Tartu_pedagoogiumi_aruanded, lk 24
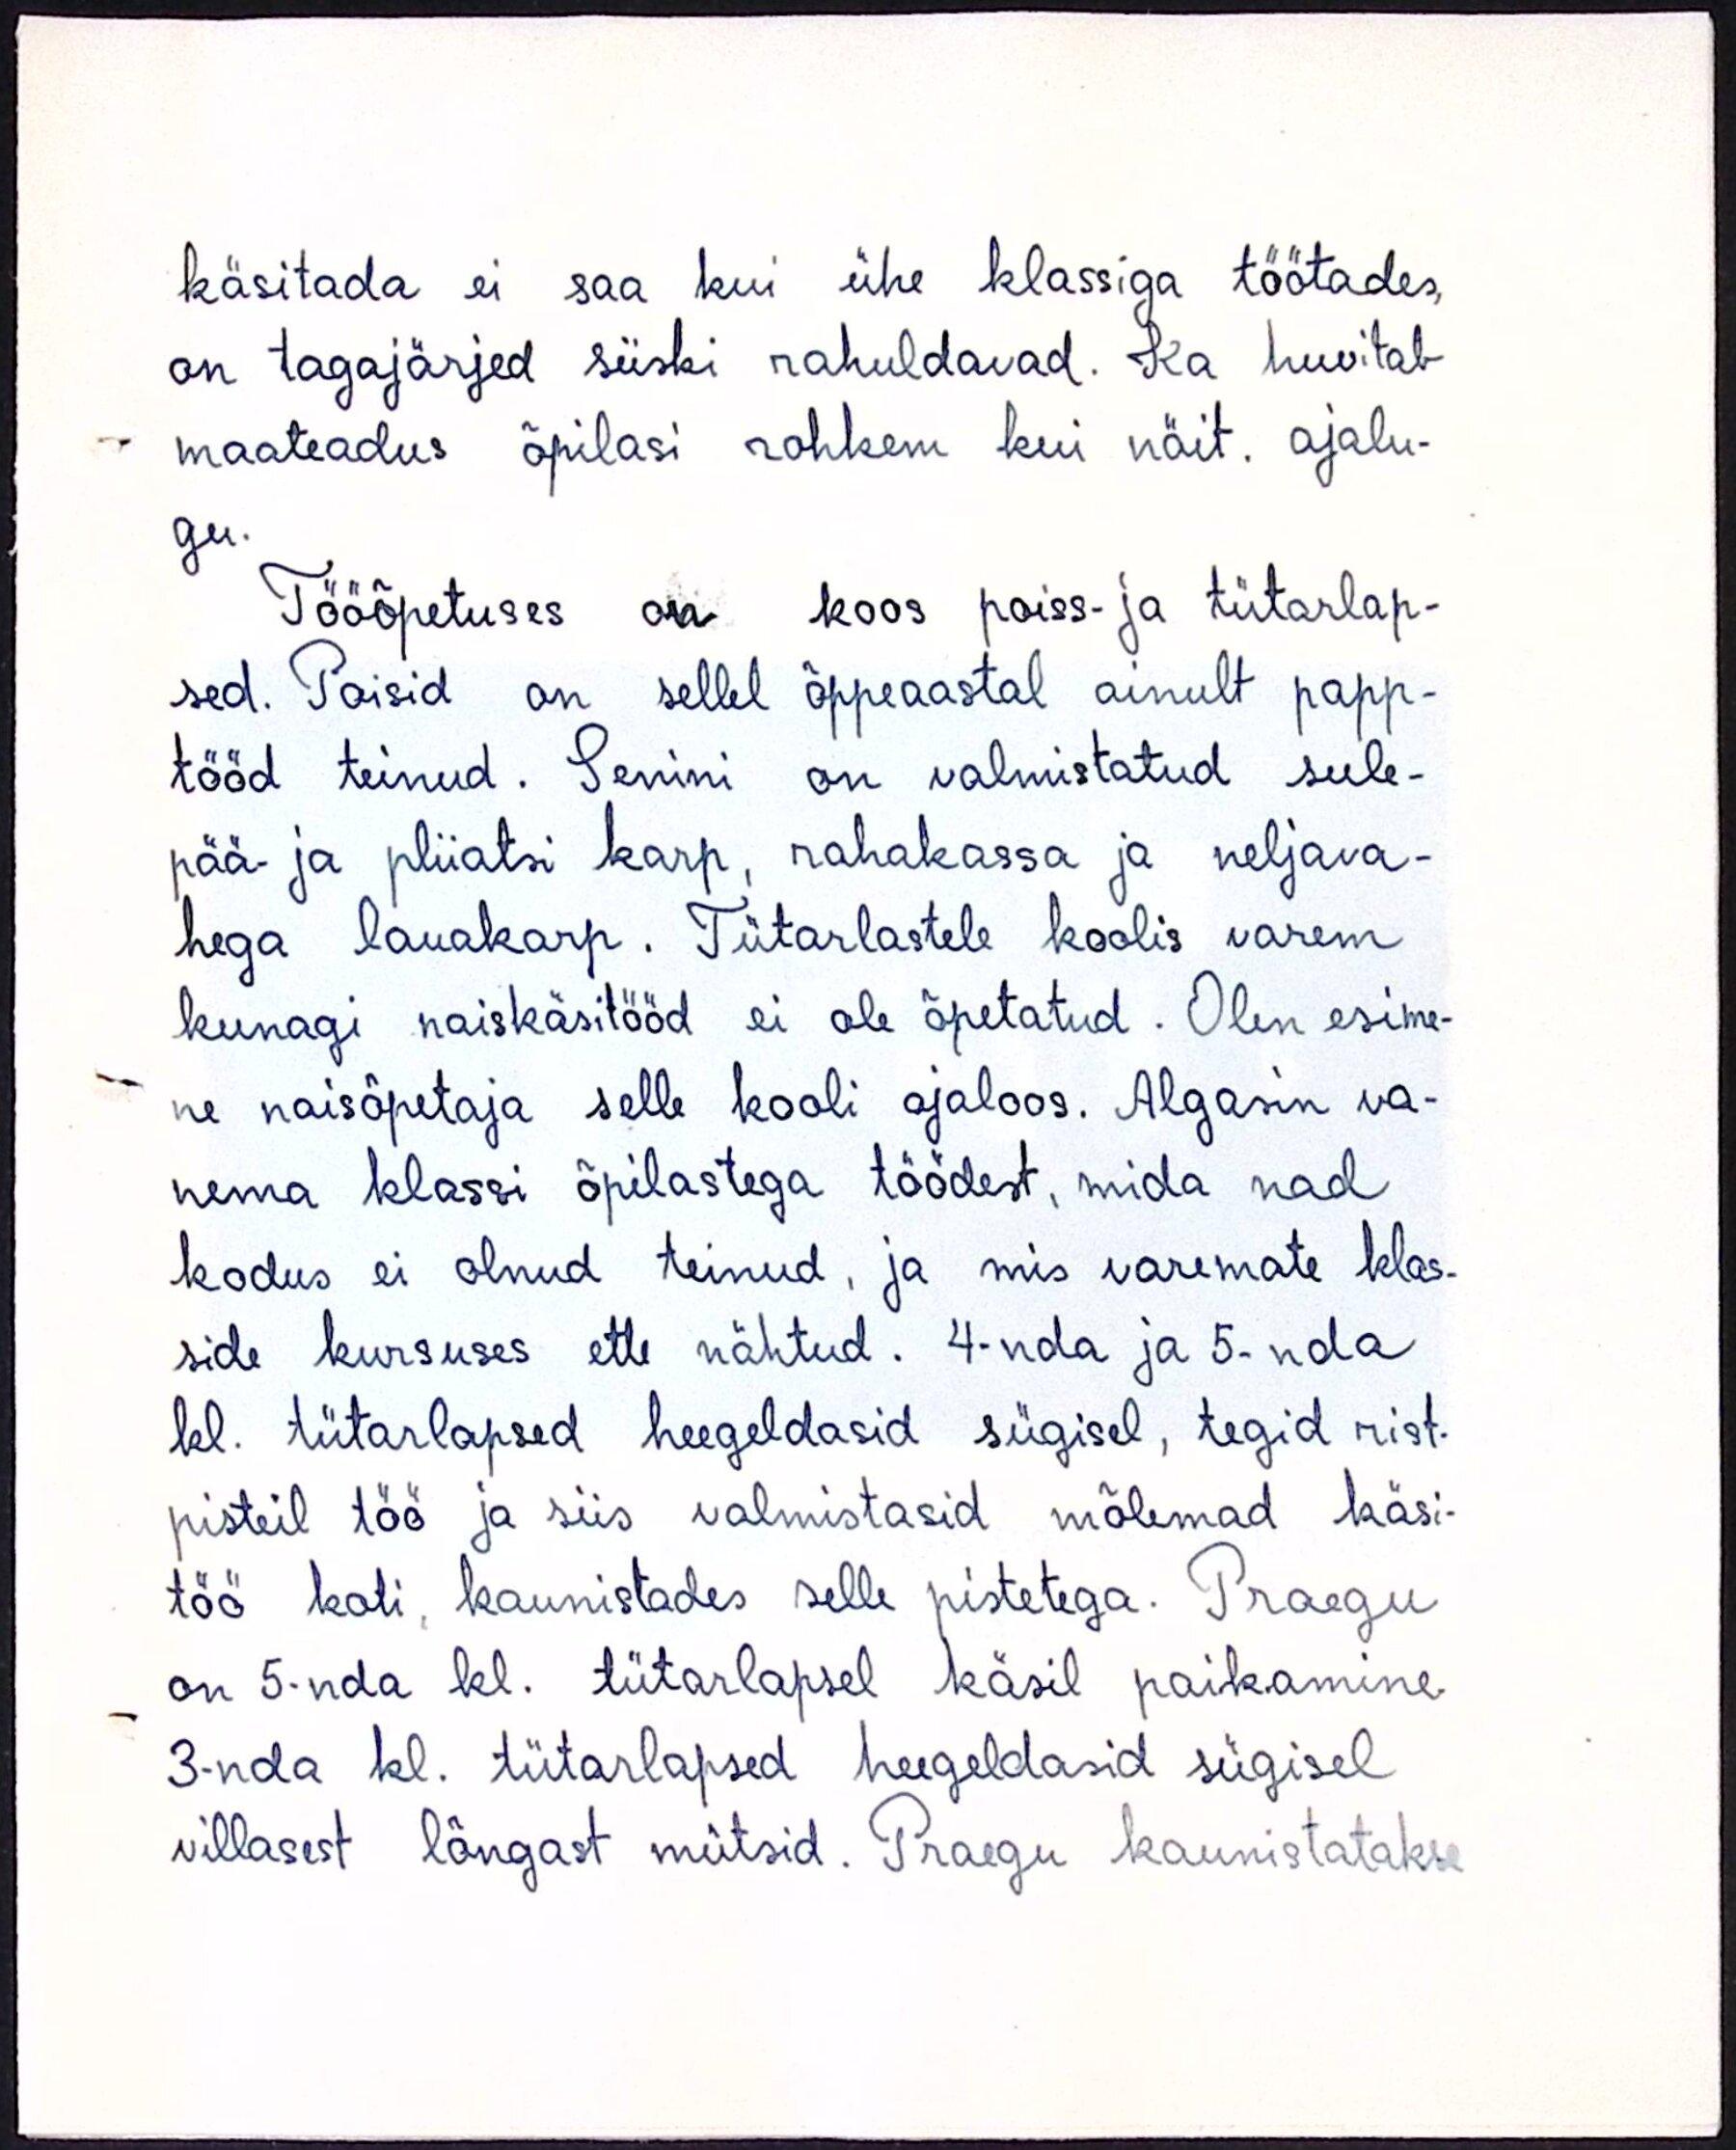
käsitada ei saa kui ühe klassiga töötades,
on tagajärjed siiski rahuldavad. Ka huvitab
maateadus õpilasi rohkem kui näit. ajalu-
gu.
Tööõpetuses on koos poiss- ja tütarlap-
sed. Poisid on sellel õppeaastal ainult papp-
tööd teinud. Senini on valmistatud sule-
pää- ja pliiatsi karp, rahakassa ja neljava-
hega lauakarp. Tütarlastele koolis varem
kunagi naiskäsitööd ei ole õpetatud. Olen esime-
ne naisõpetaja selle kooli ajaloos. Algasin va-
nema klassi õpilastega töödest, mida nad
kodus ei olnud teinud, ja mis varemate klas-
side kursuses ette nähtud. 4-nda ja 5-nda
kl. tütarlapsed heegeldasid sügisel, tegid rist-
pisteil töö ja siis valmistasid mõlemad käsi-
töö koti, kaunistades selle pistetega. Praegu
on 5-nda kl. tütarlapsed käsil paikamine
3-nda kl. tütarlapsed heigeldasid sügisel
villasest lõngast mütsid. Praegu kaunistatakse